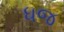
ધજ